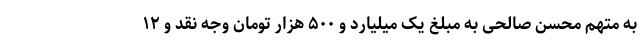
به متهم محسن صالحی به مبلغ یک میلیارد و ۵٠٠ هزار تومان وجه نقد و ١٢